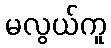
မလွယ်ကူ